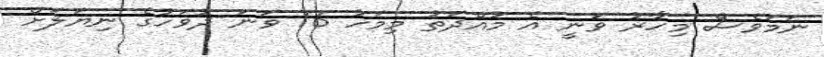
ނަމަވެސް މިހާރު ވަނީ އެ މުއްދަތު މިމަހު 16 ވަނަ ދުވަހުގެ ނިޔަލަށް